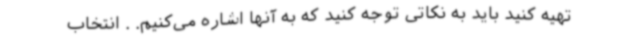
تهیه کنید باید به نکاتی توجه کنید که به آنها اشاره می‌کنیم. . انتخاب